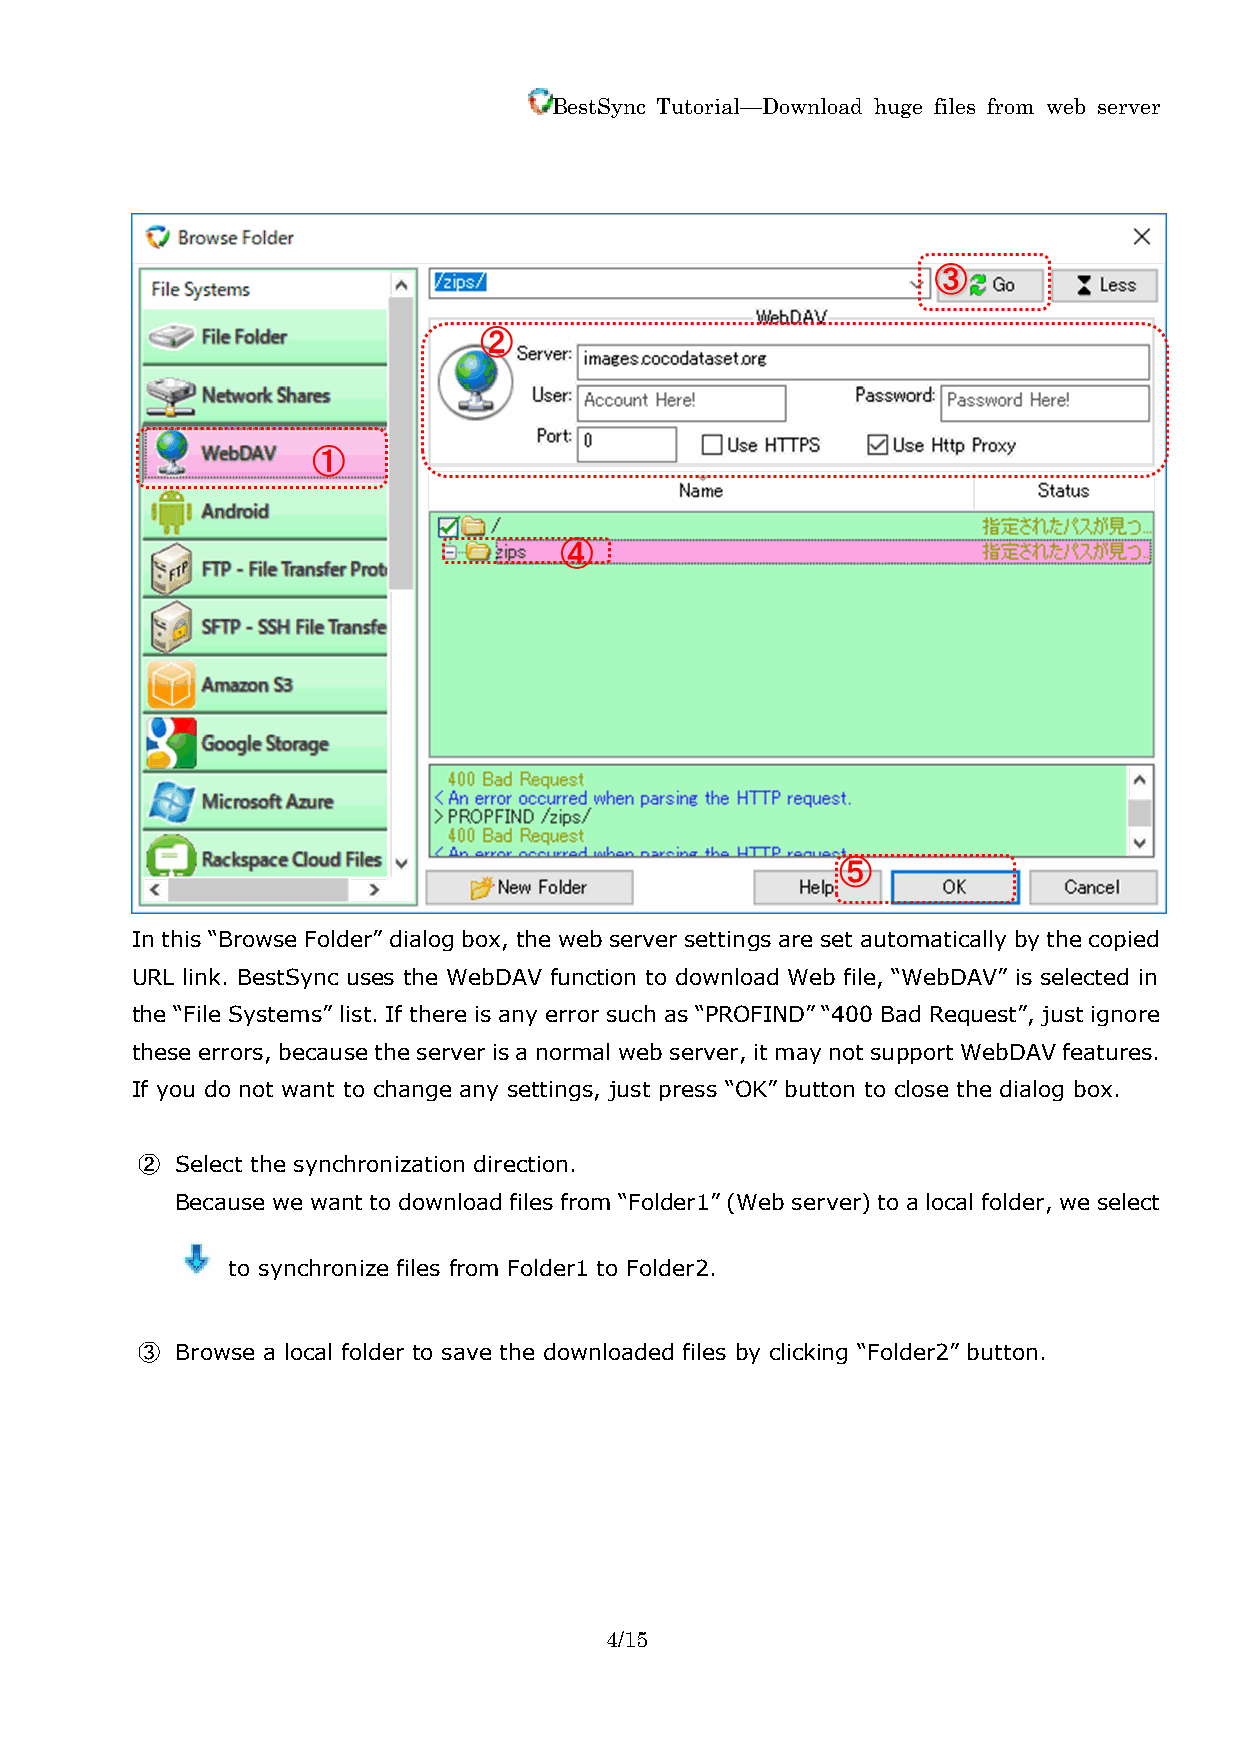
BestSync Tutorial—Download huge files from web server
 In this “Browse Folder” dialog box, the web server settings are set automatically by the copied
 URL link. BestSync uses the WebDAV function to download Web file, “WebDAV” is selected in
 the “File Systems” list. If there is any error such as “PROFIND” “400 Bad Request”, just ignore
 these errors, because the server is a normal web server, it may not support WebDAV features.
 If you do not want to change any settings, just press “OK” button to close the dialog box.
 ②  Select the synchronization direction.
 Because we want to download files from “Folder1” (Web server) to a local folder, we select
 to synchronize files from Folder1 to Folder2.
 ③  Browse a local folder to save the downloaded files by clicking “Folder2” button.
 4/15